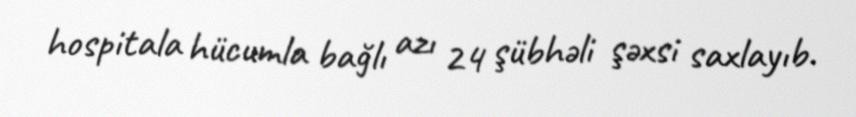
hospitala hücumla bağlı azı 24 şübhəli şəxsi saxlayıb.